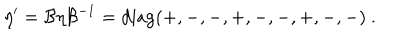
\eta ^ { \prime } = \mathcal { B } \eta \mathcal { B } ^ { - 1 } = \mathrm { d i a g } ( + , - , - , + , - , - , + , - , - ) ~ .